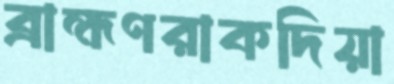
ব্রাহ্মণরাকদিয়া